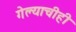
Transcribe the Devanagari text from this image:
गेल्याचीही